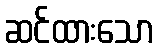
ဆင်ထားသော